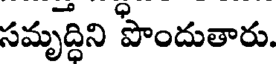
సమృద్దిని పొందుతారు.